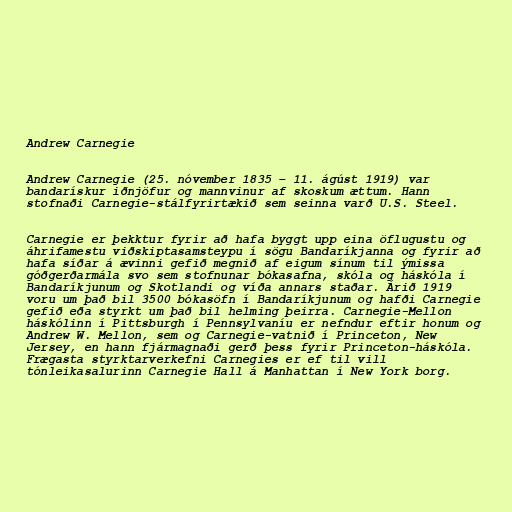
Andrew Carnegie

Andrew Carnegie (25. nóvember 1835 – 11. ágúst 1919) var
bandarískur iðnjöfur og mannvinur af skoskum ættum. Hann
stofnaði Carnegie-stálfyrirtækið sem seinna varð U.S. Steel.

Carnegie er þekktur fyrir að hafa byggt upp eina öflugustu og
áhrifamestu viðskiptasamsteypu í sögu Bandaríkjanna og fyrir að
hafa síðar á ævinni gefið megnið af eigum sínum til ýmissa
góðgerðarmála svo sem stofnunar bókasafna, skóla og háskóla í
Bandaríkjunum og Skotlandi og víða annars staðar. Árið 1919
voru um það bil 3500 bókasöfn í Bandaríkjunum og hafði Carnegie
gefið eða styrkt um það bil helming þeirra. Carnegie-Mellon
háskólinn í Pittsburgh í Pennsylvaníu er nefndur eftir honum og
Andrew W. Mellon, sem og Carnegie-vatnið í Princeton, New
Jersey, en hann fjármagnaði gerð þess fyrir Princeton-háskóla.
Frægasta styrktarverkefni Carnegies er ef til vill
tónleikasalurinn Carnegie Hall á Manhattan í New York borg.